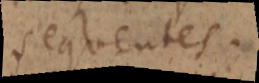
sequentes.